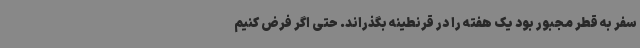
سفر به قطر مجبور بود یک هفته را در قرنطینه بگذراند. حتی اگر فرض کنیم